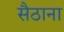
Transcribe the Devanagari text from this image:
सैठाना